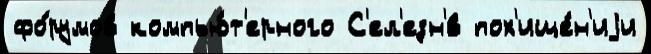
фо́румов компью́т'ерного С'ел'езн'́в пох'ище́н'иjи